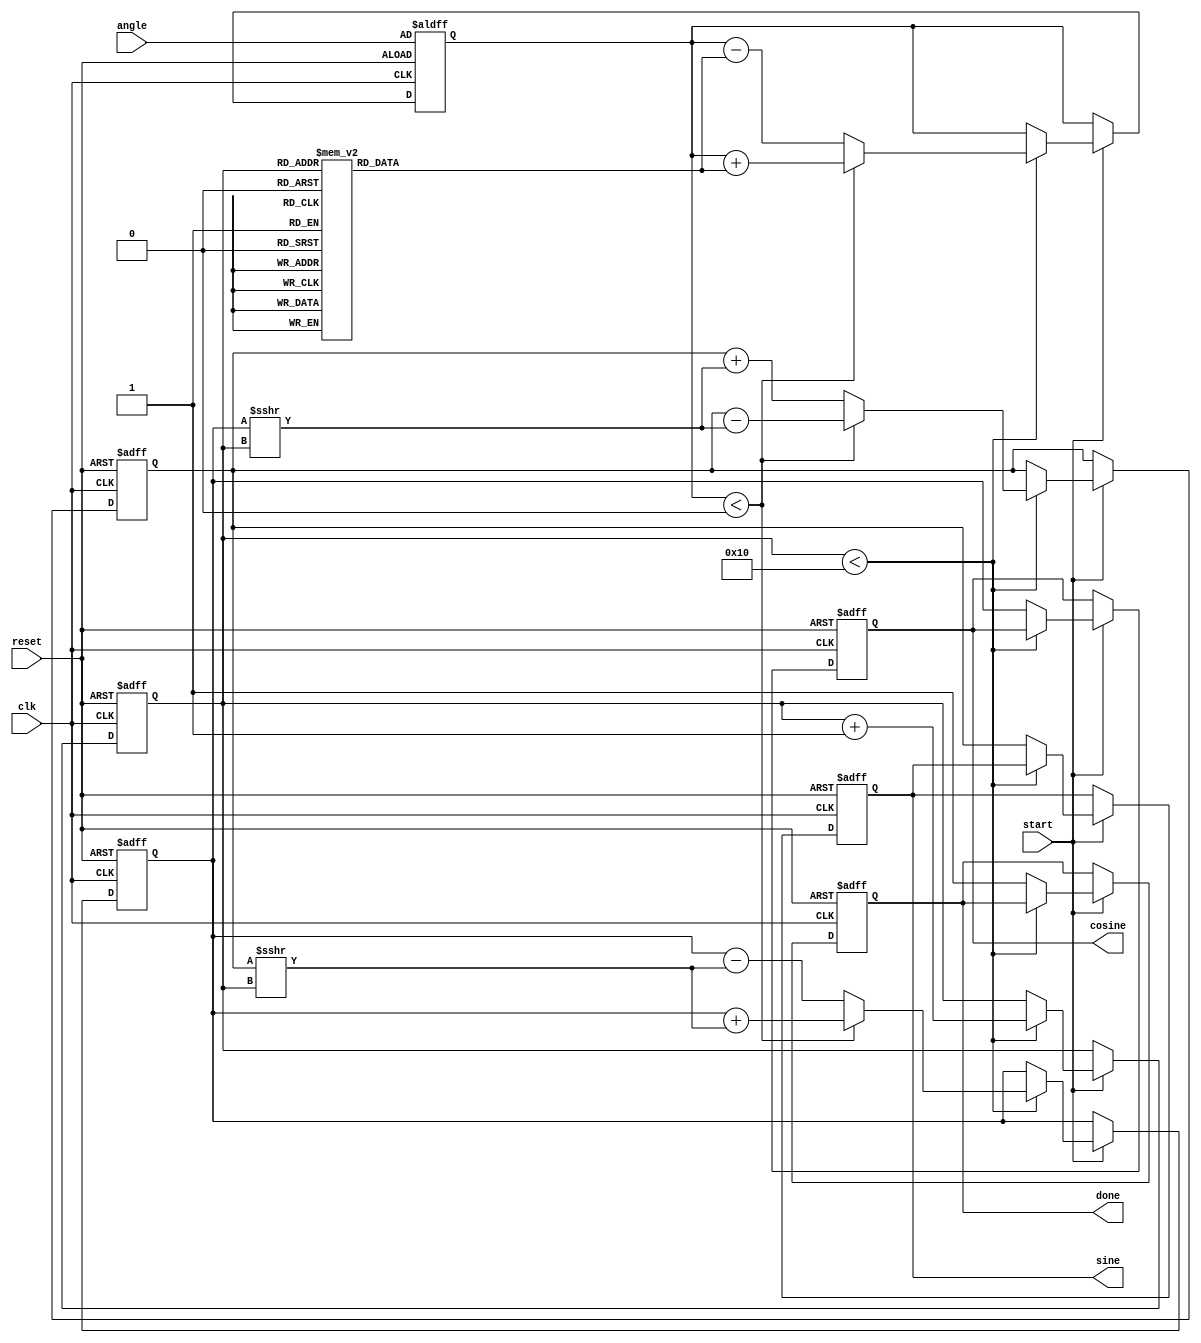
module CORDIC (
    input wire clk,
    input wire reset,
    input wire start,
    input wire [15:0] angle, // Input angle in fixed-point format (Q1.15)
    output reg [15:0] sine,   // Output sine result
    output reg [15:0] cosine,  // Output cosine result
    output reg done           // Operation done flag
);

    // CORDIC parameters
    parameter N_ITER = 16; // Number of iterations
    reg [15:0] x [0:N_ITER-1]; // X vector
    reg [15:0] y [0:N_ITER-1]; // Y vector
    reg [15:0] z [0:N_ITER-1]; // Angle vector
    reg [15:0] atan_table [0:N_ITER-1]; // Arctangent lookup table
    reg [3:0] i; // Iteration counter
    reg [15:0] angle_reg; // Internal angle register
    reg [15:0] x_curr, y_curr, z_curr; // Current values

    // Initialize arctangent values (in Q1.15 format)
    initial begin
        atan_table[0] = 16'h3243; // atan(1) = 0.785398
        atan_table[1] = 16'h1DAC; // atan(0.5) = 0.463648
        atan_table[2] = 16'h1C71; // atan(0.25) = 0.244978
        atan_table[3] = 16'h1A62; // atan(0.125) = 0.124389
        // ... Initialize remaining atan_table values
    end

    always @(posedge clk or posedge reset) begin
        if (reset) begin
            sine <= 16'b0;
            cosine <= 16'b0;
            done <= 1'b0;
            i <= 0;
            x_curr <= 16'h4000; // Initial x = 1 in Q1.15
            y_curr <= 16'b0; // Initial y = 0
            z_curr <= angle; // Load input angle
        end else if (start) begin
            if (i < N_ITER) begin
                if (z_curr < 0) begin
                    // Perform rotation in the negative direction
                    x_curr <= x_curr + (y_curr >>> i);
                    y_curr <= y_curr - (x_curr >>> i);
                    z_curr <= z_curr + atan_table[i];
                end else begin
                    // Perform rotation in the positive direction
                    x_curr <= x_curr - (y_curr >>> i);
                    y_curr <= y_curr + (x_curr >>> i);
                    z_curr <= z_curr - atan_table[i];
                end
                i <= i + 1;
            end else begin
                // Store results
                sine <= y_curr;
                cosine <= x_curr;
                done <= 1'b1; // Set done flag
            end
        end
    end

endmodule